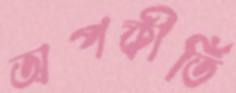
অপকীর্তি